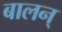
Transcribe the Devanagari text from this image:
बालन्